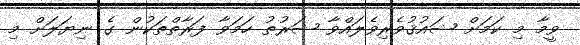
ވީމާ މި ކަމަށް ޝައުޤުވެރިވެލައްވާ ޝަރުޠު ހަމަވާ ފަރާތްތަކުން ގެ ނިޔަލަށް މި